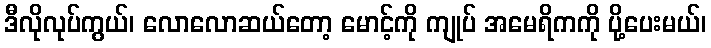
ဒီလိုလုပ်ကွယ်၊ လောလောဆယ်တော့ မောင့်ကို ကျုပ် အမေရိကကို ပို့ပေးမယ်၊